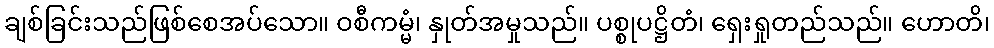
ချစ်ခြင်းသည်ဖြစ်စေအပ်သော။ ဝစီကမ္မံ၊ နှုတ်အမှုသည်။ ပစ္စုပဋ္ဌိတံ၊ ရှေးရှုတည်သည်။ ဟောတိ၊